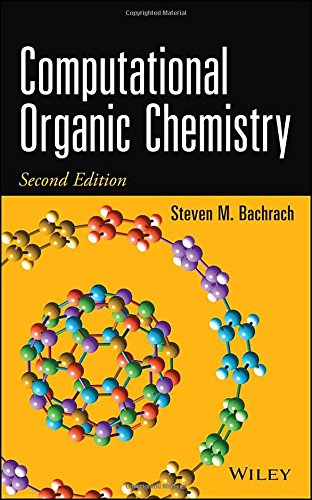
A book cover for Computational Organic Chemistry; Steven M. Bachrach; Science & Math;